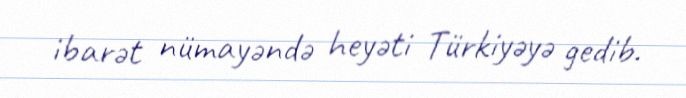
ibarət nümayəndə heyəti Türkiyəyə gedib.